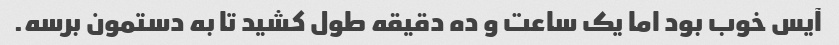
آیس خوب بود اما یک ساعت و ده دقیقه طول کشید تا به دستمون برسه.